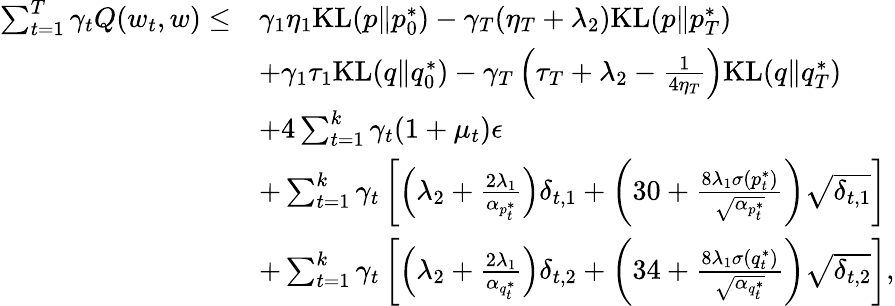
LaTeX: \begin{array}{rl}{\sum_{t=1}^{T}\gamma_{t}Q(w_{t},w)\leq}&{\gamma_{1}\eta_{1}\mathrm{KL}(p\| p_{0}^{*})-\gamma_{T}(\eta_{T}+\lambda_{2})\mathrm{KL}(p\| p_{T}^{*})}\\ &{+\gamma_{1}\tau_{1}\mathrm{KL}(q\| q_{0}^{*})-\gamma_{T}\left(\tau_{T}+\lambda_{2}-\frac{1}{4\eta_{T}}\right)\mathrm{KL}(q\| q_{T}^{*})}\\ &{+4\sum_{t=1}^{k}\gamma_{t}(1+\mu_{t})\epsilon}\\ &{+\sum_{t=1}^{k}\gamma_{t}\left[\left(\lambda_{2}+\frac{2\lambda_{1}}{\alpha_{p_{t}^{*}}}\right)\delta_{t,1}+\left(30+\frac{8\lambda_{1}\sigma(p_{t}^{*})}{\sqrt{\alpha_{p_{t}^{*}}}}\right)\sqrt{\delta_{t,1}}\right]}\\ &{+\sum_{t=1}^{k}\gamma_{t}\left[\left(\lambda_{2}+\frac{2\lambda_{1}}{\alpha_{q_{t}^{*}}}\right)\delta_{t,2}+\left(34+\frac{8\lambda_{1}\sigma(q_{t}^{*})}{\sqrt{\alpha_{q_{t}^{*}}}}\right)\sqrt{\delta_{t,2}}\right],}\end{array}